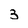
Character: 3